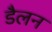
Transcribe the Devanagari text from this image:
डैलन